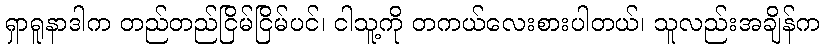
ရှာရူနာဒါက တည်တည်ငြိမ်ငြိမ်ပင်၊ ငါသူ့ကို တကယ်လေးစားပါတယ်၊ သူလည်းအချိန်က